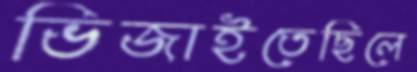
ভিজাইতেছিলে